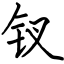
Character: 钗